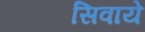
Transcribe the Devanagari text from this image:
सिवाये